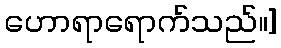
ဟောရာရောက်သည်။]